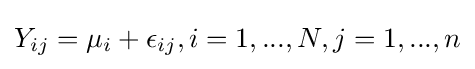
Y_{ij}=\mu _{i}+\epsilon _{ij},i=1,...,N,j=1,...,n